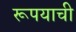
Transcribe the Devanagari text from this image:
रूपयाची